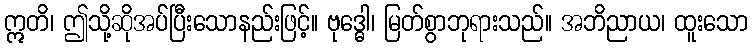
ဣတိ၊ ဤသို့ဆိုအပ်ပြီးသောနည်းဖြင့်။ ဗုဒ္ဓေါ၊ မြတ်စွာဘုရားသည်။ အဘိညာယ၊ ထူးသော